Report of the Imperial Institute of Veterinary Research, Muktesar
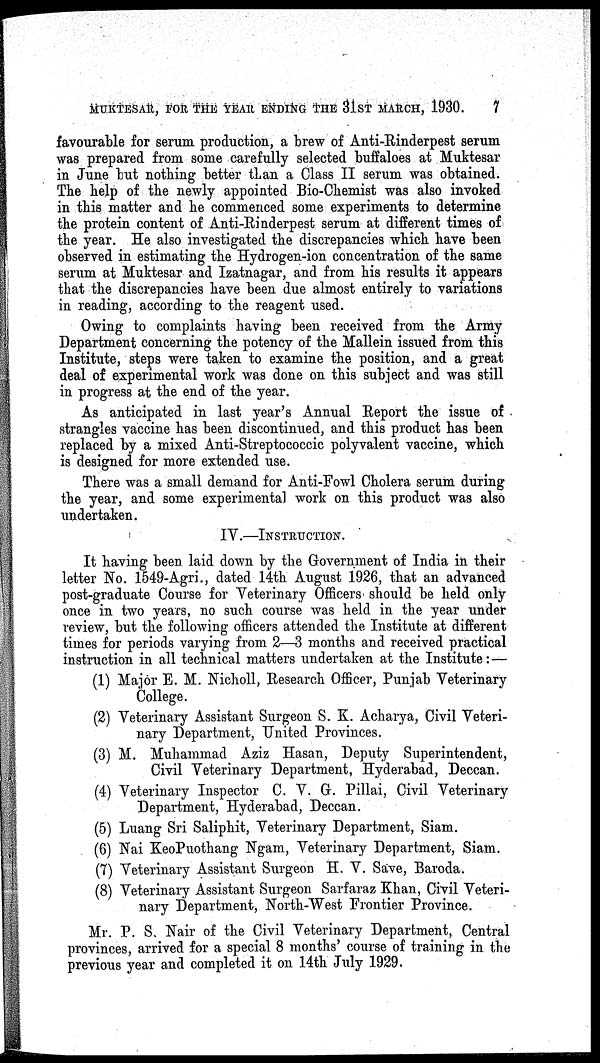
MUKTESAR, FOR THE YEAR ENDING THE 31ST MARCH, 1930. 7
favourable for serum production, a brew of Anti-Rinderpest serum
was prepared from some carefully selected buffaloes at Muktesar
in June but nothing better than a Class II serum was obtained.
The help of the newly appointed Bio-Chemist was also invoked
in this matter and he commenced some experiments to determine
the protein content of Anti-Rinderpest serum at different times of
the year. He also investigated the discrepancies which have been
observed in estimating the Hydrogen-ion concentration of the same
serum at Muktesar and Izatnagar, and from his results it appears
that the discrepancies have been due almost entirely to variations
in reading, according to the reagent used.
Owing to complaints having been received from the Army
Department concerning the potency of the Mallein issued from this
Institute, steps were taken to examine the position, and a great
deal of experimental work was done on this subject and was still
in progress at the end of the year.
As anticipated in last year's Annual Report the issue of
strangles vaccine has been discontinued, and this product has been
replaced by a mixed Anti-Streptococcic polyvalent vaccine, which
is designed for more extended use.
There was a small demand for Anti-Fowl Cholera serum during
the year, and some experimental work on this product was also
undertaken.
IV.—INSTRUCTION.
It having been laid down by the Government of India in their
letter No. 1549-Agri., dated 14th August 1926, that an advanced
post-graduate Course for Veterinary Officers should be held only
once in two years, no such course was held in the year under
review, but the following officers attended the Institute at different
times for periods varying from 2—3 months and received practical
instruction in all technical matters undertaken at the Institute : —
(1) Major E. M. Nicholl, Research Officer, Punjab Veterinary
College.
(2) Veterinary Assistant Surgeon S. K. Acharya, Civil Veteri-
nary Department, United Provinces.
(3) M. Muhammad Aziz Hasan, Deputy Superintendent,
Civil Veterinary Department, Hyderabad, Deccan.
(4) Veterinary Inspector C. V. G. Pillai, Civil Veterinary
Department, Hyderabad, Deccan.
(5) Luang Sri Saliphit, Veterinary Department, Siam.
(6) Nai KeoPuothang Ngam, Veterinary Department, Siam.
(7) Veterinary Assistant Surgeon H. V. Save, Baroda.
(8) Veterinary Assistant Surgeon Sarfaraz Khan, Civil Veteri-
nary Department, North-West Frontier Province.
Mr. P. S. Nair of the Civil Veterinary Department, Central
provinces, arrived for a special 8 months' course of training in the
previous year and completed it on 14th July 1929.